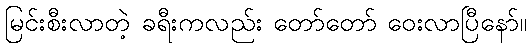
မြင်းစီးလာတဲ့ ခရီးကလည်း တော်တော် ဝေးလာပြီနော်။